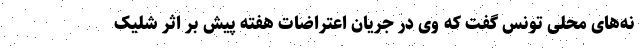
نه‌های محلی تونس گفت که وی در جریان اعتراضات هفته پیش بر اثر شلیک